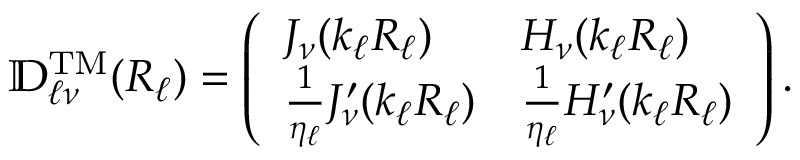
\mathbb { D } _ { \ell \nu } ^ { \mathrm { T M } } ( R _ { \ell } ) = \left( \begin{array} { l l } { J _ { \nu } ( k _ { \ell } R _ { \ell } ) } & { H _ { \nu } ( k _ { \ell } R _ { \ell } ) } \\ { \frac { 1 } { \eta _ { \ell } } J _ { \nu } ^ { \prime } ( k _ { \ell } R _ { \ell } ) } & { \frac { 1 } { \eta _ { \ell } } H _ { \nu } ^ { \prime } ( k _ { \ell } R _ { \ell } ) } \end{array} \right) .